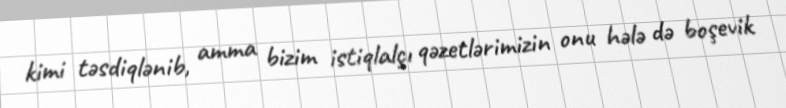
kimi təsdiqlənib, amma bizim istiqlalçı qəzetlərimizin onu hələ də boşevik